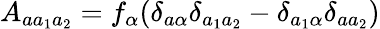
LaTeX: A_{aa_{1}a_{2}}=f_{\alpha}(\delta_{a\alpha}\delta_{a_{1}a_{2}}-\delta_{a_{1}\alpha}\delta_{aa_{2}})